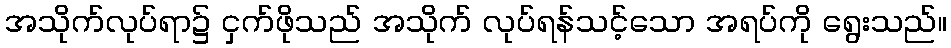
အသိုက်လုပ်ရာ၌ ငှက်ဖိုသည် အသိုက် လုပ်ရန်သင့်သော အရပ်ကို ရွေးသည်။